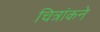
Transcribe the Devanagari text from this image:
चित्रांकने